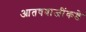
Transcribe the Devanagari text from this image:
आतषबाजींकडे